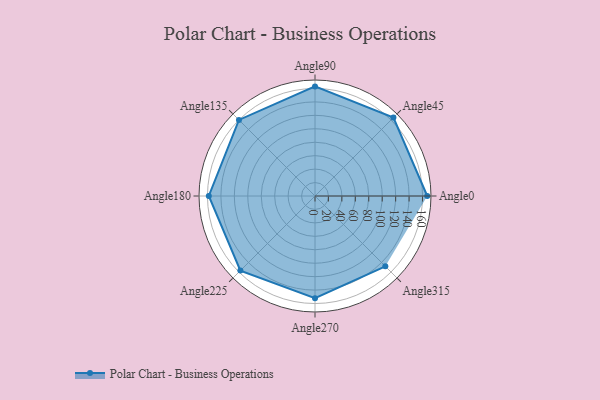
{"axis": {"x": "Angle", "y": "Radius"}, "legend": [""], "data": [{"x": "Angle0", "y": 167.0, "type": ""}, {"x": "Angle45", "y": 165.0, "type": ""}, {"x": "Angle90", "y": 163.0, "type": ""}, {"x": "Angle135", "y": 160.0, "type": ""}, {"x": "Angle180", "y": 158.0, "type": ""}, {"x": "Angle225", "y": 157.0, "type": ""}, {"x": "Angle270", "y": 152.0, "type": ""}, {"x": "Angle315", "y": 148.0, "type": ""}]}